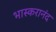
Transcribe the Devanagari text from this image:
भास्‍करानंद